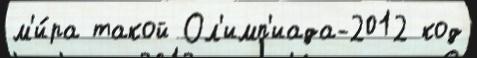
м'и́ра такой Ол'имп'иада-2012 код